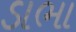
ડાભા